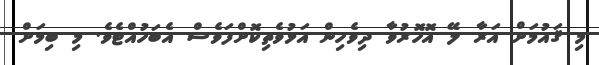
މި ޤައުމަށް އަރާ ލޭ އޮހޮރުވާ ދިވެހިން އަޅުވެތިކޮށްފަވެސް އެބަހުއްޓެވެ. މި ބިމަށް